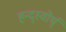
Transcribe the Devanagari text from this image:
हन्द्स्वोर्थ्